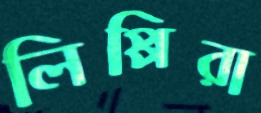
লিপ্পিরা